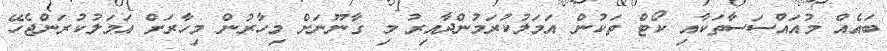
ބައެއް މުއައްސަސާތަކާއި ކޯޓް ތަކުން އަމަލުކުރަމުންދާއިރު މި ގާނޫނަށް މިހާރުން މިހާރަށް އަމަލުކުރަންޖެހޭ